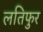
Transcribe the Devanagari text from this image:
लतिफुर